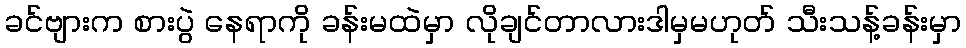
ခင်ဗျားက စားပွဲ နေရာကို ခန်းမထဲမှာ လိုချင်တာလားဒါမှမဟုတ် သီးသန့်ခန်းမှာ